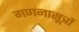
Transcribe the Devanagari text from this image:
गणनासूत्रों